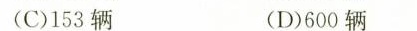
(C)153辆 (D)600辆